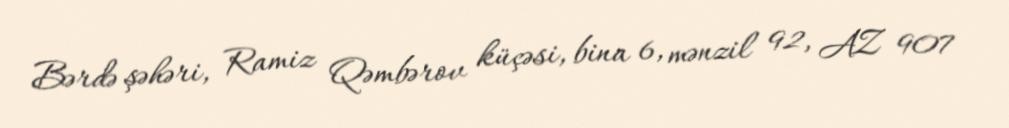
Bərdə şəhəri, Ramiz Qəmbərov küçəsi, bina 6, mənzil 92, AZ 907